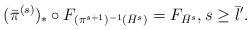
LaTeX: \begin{align*}(\bar{\pi}^{(s)})_{*} \circ F_{( {\pi}^{s+1})^{-1} (\bar{H}^{s})}= F_{\bar{H}^{s}},s\geq \bar{l}^{\prime} .\end{align*}